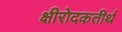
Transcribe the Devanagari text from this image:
क्षीरोदकतीर्थ